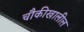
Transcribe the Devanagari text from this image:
चौकीखालील